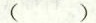
( )